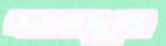
দাপদুপ